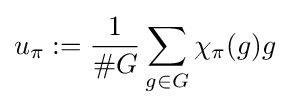
u_{\pi }:={\frac {1}{\#G}}\sum _{g\in G}\chi _{\pi }(g)g